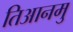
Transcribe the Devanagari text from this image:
तिआनमु